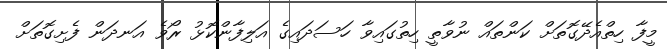
މީފާ ހިތްއެދޭގޮތަށް ކަންތައް ނުވާތީ ހިތުގައިވާ ހަސަދައިގެ އަލިފާންކޮޅު ރޯވެ އަނދަން ފެށިގޮތަށް